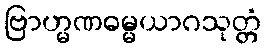
ဗြာဟ္မဏဓမ္မယာဂသုတ္တံ